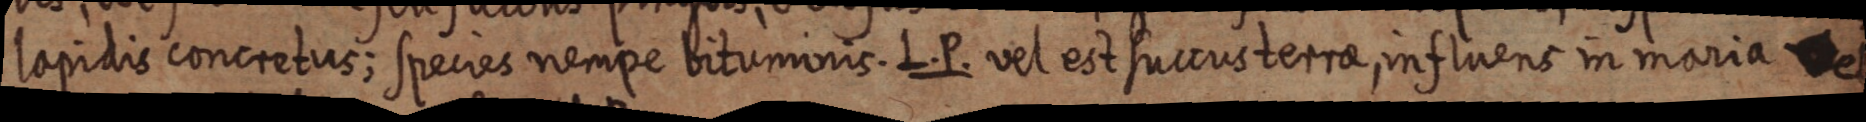
lapidis concretus; species nempe bituminis. L. P. vel est succus terra, influens in maria